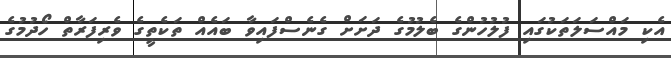
އެކި މައްސަލަތަކުގައި ފުލުހުންގެ ބެލުމުގެ ދަށަށް ގެނެސްފައިވާ ބައެއް ތަކެތީގެ ވެރިފަރާތް ހޯދުމުގެ